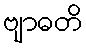
ဗျာဓတိ